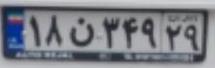
۱۸ن۳۴۹۲۹